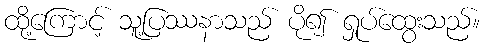
ထို့ကြောင့် သူ့ပြဿနာသည် ပို၍ ရှုပ်ထွေးသည်။